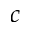
c